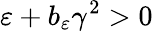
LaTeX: \varepsilon+b_{\varepsilon}\gamma^{2}>0